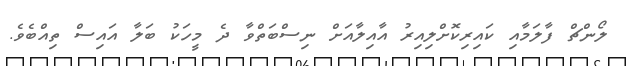
ލޯންޗް ފާލަމާއި ކައިރިކޮށްލިއިރު އާއިލާއަށް ނިސްބަތްވާ ދެ މީހަކު ބަލާ އައިސް ތިއްބެވެ.